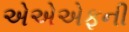
એએએફની